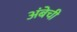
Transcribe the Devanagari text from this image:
अंबेची